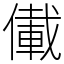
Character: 儎